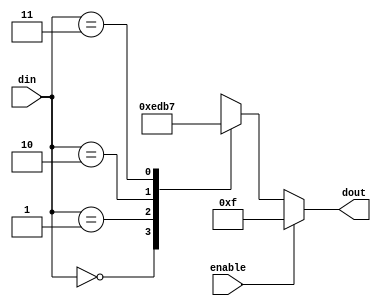
module decoder_2_to_4(input enable, input [1:0]din, output reg[3:0]dout);
	always @(din)begin
		if(~enable) begin
			case(din)
				2'b00: dout = 4'b1110;
				2'b01: dout = 4'b1101;
				2'b10: dout = 4'b1011;
				2'b11: dout = 4'b0111;
			endcase
		end
		else
			dout = 4'b1111;
	end
endmodule